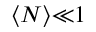
\langle { N } \rangle { \ll } 1